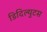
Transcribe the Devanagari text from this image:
डिदिल्युटस